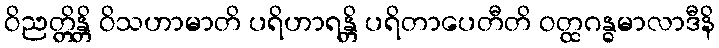
ဝိညတ္တိန္တိ ဝိသဟာမာတိ ပရိဟာရန္တိ ပရိတာပေတီတိ ဝတ္ထဂန္ဓမာလာဒီနိ